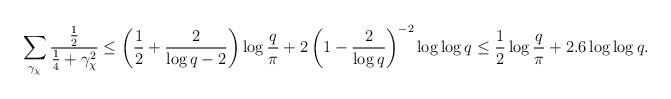
\begin{align*}\sum_{\gamma_{\chi}}\frac{\frac{1}{2}}{\frac{1}{4}+\gamma_{\chi}^2} & \leq \left(\dfrac{1}{2}+\dfrac{2}{\log q -2}\right)\log{\dfrac{q}{\pi}}+2\left(1-\dfrac{2}{\log q}\right)^{-2}\log\log q\leq \dfrac{1}{2}\log{\dfrac{q}{\pi}}+ 2.6\log\log q.\end{align*}